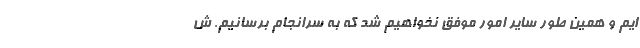
ایم و همین طور سایر امور موفق نخواهیم شد که به سرانجام برسانیم. ش